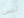
ليس